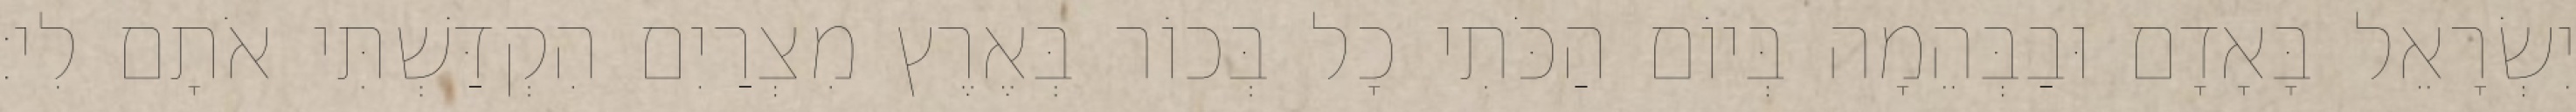
יִשְׂרָאֵל בָּאָדָם וּבַבְּהֵמָה בְּיוֹם הַכֹּתִי כָל בְּכוֹר בְּאֶרֶץ מִצְרַיִם הִקְדַּשְׁתִּי אֹתָם לִי׃